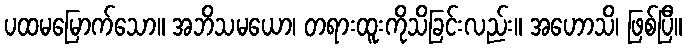
ပထမမြောက်သော။ အဘိသမယော၊ တရားထူးကိုသိခြင်းလည်း။ အဟောသိ၊ ဖြစ်ပြီ။